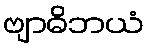
ဗျာဓိဘယံ